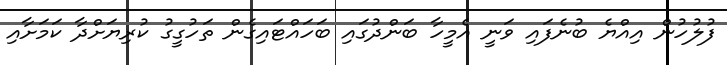
ފުލުހުން އިއްޔެ ބުނެފައި ވަނީ އެމީހާ ބަންދުގައި ބަހައްޓައިގެން ތަހުގީގު ކުރިޔަށްދާ ކަމަށާއި